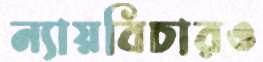
ন্যায়বিচারও